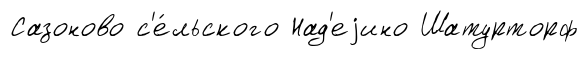
Сазоново с'е́льского Над'еjино Шатурторф